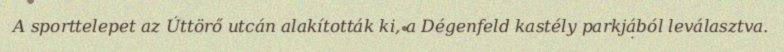
A sporttelepet az Úttörő utcán alakították ki, a Dégenfeld kastély parkjából leválasztva.